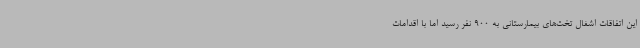
این اتفاقات اشغال تخت‌های بیمارستانی به 900 نفر رسید اما با اقدامات